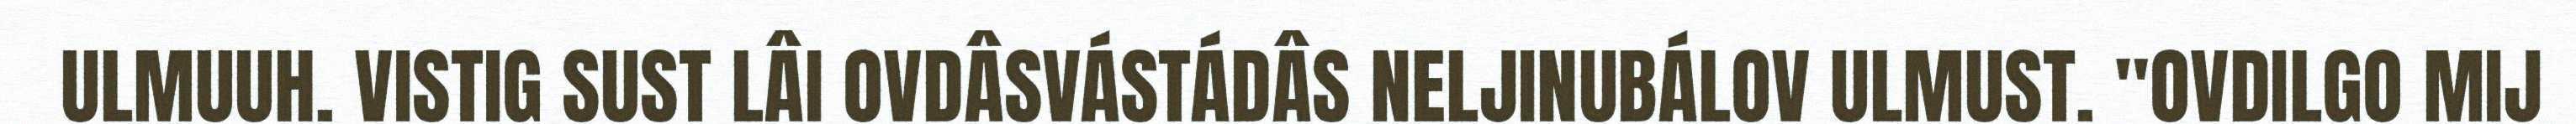
ULMUUH. VISTIG SUST LÂI OVDÂSVÁSTÁDÂS NELJINUBÁLOV ULMUST. "OVDILGO MIJ